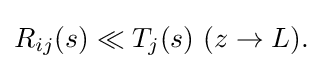
{\textstyle R_{ij}(s)\ll T_{j}(s)\ (z\to L).}